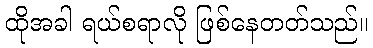
ထိုအခါ ရယ်စရာလို ဖြစ်နေတတ်သည်။